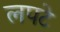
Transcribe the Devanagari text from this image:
लपटे